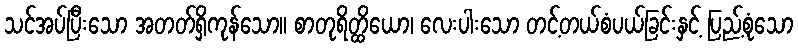
သင်အပ်ပြီးသော အတတ်ရှိကုန်သော။ စာတုရိတ္ထိယော၊ လေးပါးသော တင့်တယ်စံပယ်ခြင်းနှင့် ပြည့်စုံသော